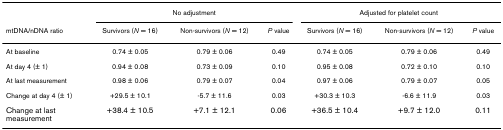
|  | <COLSPAN=3> No adjustment | <COLSPAN=3> Adjusted for platelet count |
 | mtDNA/nDNA ratio | Survivors (N = 16) | Non-survivors (N = 12) | P value | Survivors (N = 16) | Non-survivors (N = 12) | P value |
 | --- | --- | --- | --- | --- | --- | --- |
 | At baseline | 0.74 ± 0.05 | 0.79 ± 0.06 | 0.49 | 0.74 ± 0.05 | 0.79 ± 0.06 | 0.49 |
 | At day 4 (± 1) | 0.94 ± 0.08 | 0.73 ± 0.09 | 0.10 | 0.95 ± 0.08 | 0.72 ± 0.10 | 0.10 |
 | At last measurement | 0.98 ± 0.06 | 0.79 ± 0.07 | 0.04 | 0.97 ± 0.06 | 0.79 ± 0.07 | 0.05 |
 | Change at day 4 (± 1) | +29.5 ± 10.1 | -5.7 ± 11.6 | 0.03 | +30.3 ± 10.3 | -6.6 ± 11.9 | 0.03 |
 | Change at last measurement | +38.4 ± 10.5 | +7.1 ± 12.1 | 0.06 | +36.5 ± 10.4 | +9.7 ± 12.0 | 0.11 |